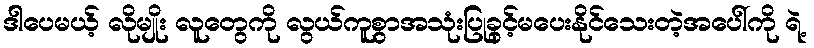
ဒါပေမယ့် လိုမျိုး လူတွေကို လွယ်ကူစွာအသုံးပြုခွင့်မပေးနိုင်သေးတဲ့အပေါ်ကို ရဲ့